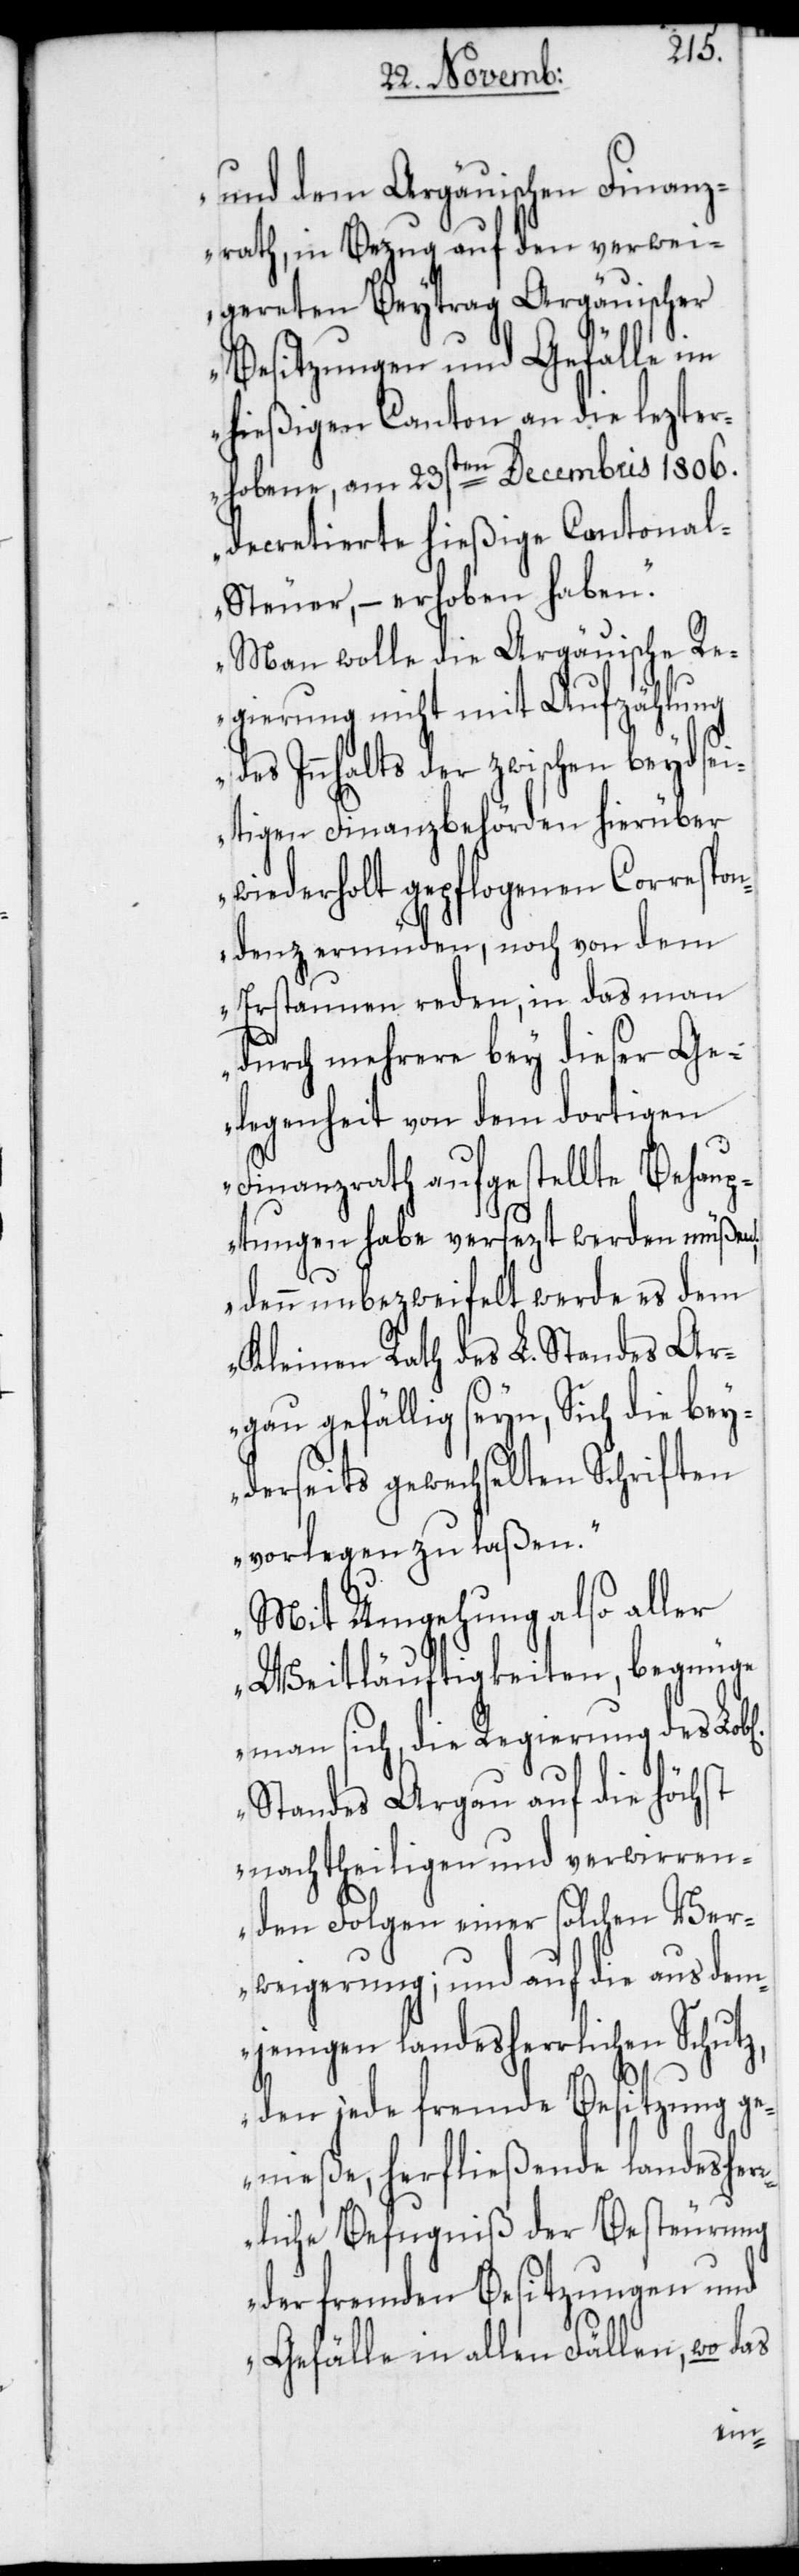
und dem Argäuischen Finanz¬
rath, in Bezug auf den verwei¬
gereten Beytrag Argäuischer
Besitzungen und Gefälle im
hießigen Canton an die lezter¬
hobene, am 23sten Decembris 1806.
decretierte hießige Cantona¬
l-Steuer, – erhoben haben.
Man wolle die Argäuische Re¬
gierung nicht mit Aufzählung
des Innhalts der zwischen beydsei¬
tigen Finanzbehörden hierüber
wiederholt gepflogenen Correspon¬
denz ermüden, noch von dem
Erstaunen reden, in das man
durch mehrere bey dieser Ge¬
legenheit von dem dortigen
Finanzrath aufgestellte Behaup¬
tungen habe versezt werden müßen;
denn unbezweifelt werde es dem
Kleinen Rath des L. Standes Ar¬
gau gefällig seyn, Sich die bey¬
derseits gewechselten Schriften
vorlegen zu laßen.
Mit Umgehung also aller
Weitläufigkeiten, begnüg¬
e man sich, die Regierung des
Standes Argau auf die höchst
nachtheiligen und verwirren¬
den Folgen einer solchen Ver¬
weigerung; und auf die aus dem¬
jenigen landesherrlichen Schutz,
den jede fremde Besitzung g¬
enieße, herfließende landesher¬
rliche Befugnis der Besteurung
der fremden Besitzungen und
Gefälle in allen Fällen, wo das